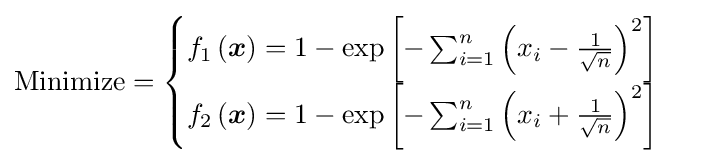
{\text{Minimize}}={\begin{cases}f_{1}\left({\boldsymbol {x}}\right)=1-\exp \left[-\sum _{i=1}^{n}\left(x_{i}-{\frac {1}{\sqrt {n}}}\right)^{2}\right]\\f_{2}\left({\boldsymbol {x}}\right)=1-\exp \left[-\sum _{i=1}^{n}\left(x_{i}+{\frac {1}{\sqrt {n}}}\right)^{2}\right]\\\end{cases}}